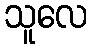
သူလေ